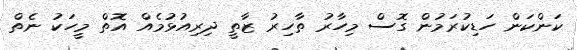
ކަންކަން ހަޑިކުރަމުން ގޮސް މިހާރު ތާހިރު ޒާތީ ދިރިއުޅުމެއް އޮތް މީހަކު ނެތް